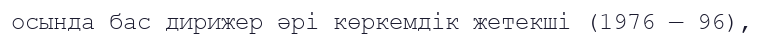
осында бас дирижер әрі көркемдік жетекші (1976 — 96),